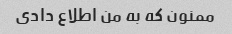
ممنون که به من اطلاع دادی